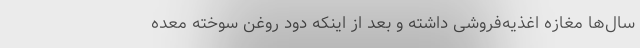
سال‌ها مغازه اغذیه‌فروشی داشته و بعد از اینکه دود روغن سوخته معده